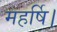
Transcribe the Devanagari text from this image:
महर्षि।